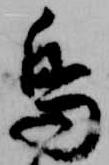
鳥